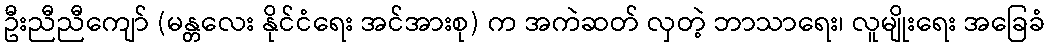
ဦးညီညီကျော် (မန္တလေး နိုင်ငံရေး အင်အားစု) က အကဲဆတ် လှတဲ့ ဘာသာရေး၊ လူမျိုးရေး အခြေခံ